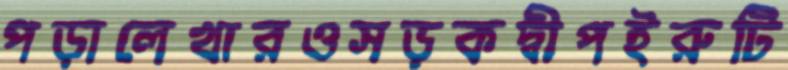
পড়ালেখারওসড়কদ্বীপইরুটি